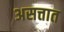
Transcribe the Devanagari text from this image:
असत्तात